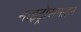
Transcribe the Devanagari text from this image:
नाइट्रोसमाइन